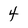
Character: 4